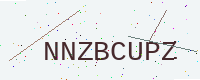
Text: NNZBCUPZ